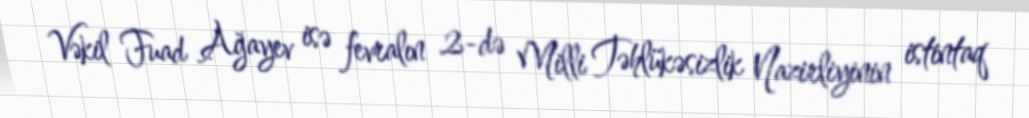
Vəkil Fuad Ağayev isə fevralın 2-də Milli Təhlükəsizlik Nazirliyinin istintaq